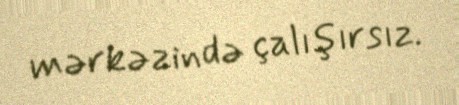
mərkəzində çalışırsız.